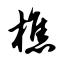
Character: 樵